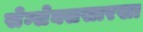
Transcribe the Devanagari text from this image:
सेन्सेक्ससारखा